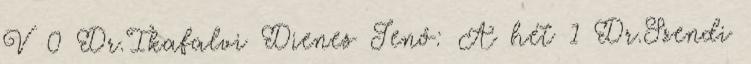
V 0 Dr.Ikafalvi Dienes Jenő: A hét 1 Dr.Szendi